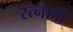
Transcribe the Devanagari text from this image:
रत्‍नादी